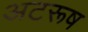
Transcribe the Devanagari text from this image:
अटरूष